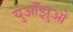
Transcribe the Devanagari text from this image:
युआँझुओ